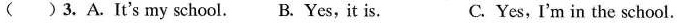
( )3.A.It's my school. B. Yes,it is. C. Yes, I'm in the school.